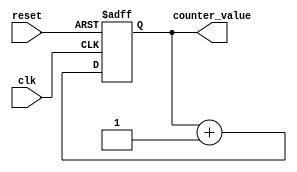
//`timescale 1ns/1ps


`ifndef COUNTER
`define COUNTER

module counter #(
  // number of bits in counter
  parameter BITS = 4,
  parameter STEP = 1)
  (
	input reset,
	input clk,
      
    output reg [BITS-1:0] counter_value
  );
  
  
   // Synchronous logic with asynchronous reset
   always @ (posedge clk or posedge reset)
    begin
      if(reset)
        begin
          counter_value <= 0;
        end
      else
        begin          
          counter_value <= counter_value + STEP;
        end
    end
  
endmodule


`endif //COUNTER